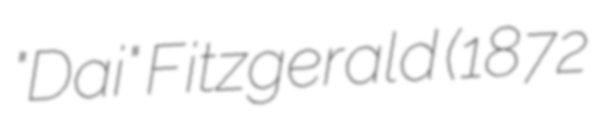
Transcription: "Dai" Fitzgerald (1872